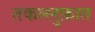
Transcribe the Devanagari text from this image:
तकल्लुफ़ात